Report of the Indian Hemp Drugs Commission, 1894-1895 - Volume IV
Year: 1894
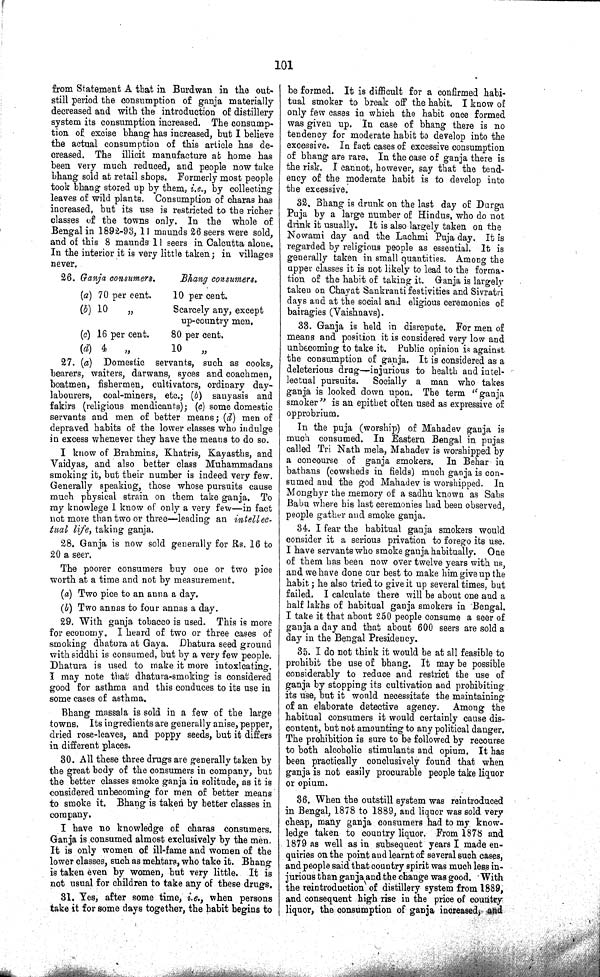
101
from Statement A that in Burdwan in the out-
still period the consumption of ganja materially
decreased and with the introduction of distillery
system its consumption increased. The consump¬
tion of excise bhang has increased, but I believe
the actual consumption of this article has de¬
creased. The illicit manufacture at home has
been very much reduced, and people now take
bhang sold at retail shops. Formerly most people
took bhang stored up by them, i.e., by collecting
leaves of wild plants. Consumption of charas has
increased, but its use is restricted to the richer
classes of the towns only. In the whole of
Bengal in 1892-93, 11 maunds 26 seers were sold,
and of this 8 maunds 11 seers in Calcutta alone.
In the interior it is very little taken; in villages
never.
26. Ganja consumers.
Bhang consumers.
(a) 70 per cent.
10 per cent.
(b) 10
" Scarcely any, except
up-country men.
(c) 16 per cent.
80 per cent.
(d) 4
"
10
"
27. (a) Domestic servants, such as cooks,
bearers, waiters, darwans, syces and coachmen,
boatmen, fishermen, cultivators, ordinary day-
labourers, coal-miners, etc.; (b) sanyasis and
fakirs (religious mendicants); (c) some domestic
servants and men of better means; (d) men of
depraved habits of the lower classes who indulge
in excess whenever they have the means to do so.
I know of Brahmins, Khatris, Kayasths, and
Vaidyas, and also better class Muhammadans
smoking it, but their number is indeed very few.
Generally speaking, those whose pursuits cause
much physical strain on them take ganja. To
my knowlege I know of only a very few—in fact
not more than two or three—leading an intellec¬
tual life, taking ganja.
28. Ganja is now sold generally for Rs. 16 to
20 a seer.
The poorer consumers buy one or two pice
worth at a time and not by measurement.
(a) Two pice to an anna a day.
(b) Two annas to four annas a day.
29. With ganja tobacco is used. This is more
for economy. I heard of two or three cases of
smoking dhatura at Gaya. Dhatura seed ground
with siddhi is consumed, but by a very few people.
Dhatura is used to make it more intoxicating.
I may note that dhatura-smoking is considered
good for asthma and this conduces to its use in
some cases of asthma.
Bhang massala is sold in a few of the large
towns. Its ingredients are generally anise, pepper,
dried rose-leaves, and poppy seeds, but it differs
in different places.
30. All these three drugs are generally taken by
the great body of the consumers in company, but
the better classes smoke ganja in solitude, as it is
considered unbecoming for men of better means
to smoke it. Bhang is taken by better classes in
company.
I have no knowledge of charas consumers.
Ganja is consumed almost exclusively by the men.
It is only women of ill-fame and women of the
lower classes, such as mehtars, who take it. Bhang
is taken even by women, but very little. It is
not usual for children to take any of these drugs.
31. Yes, after some time, i.e., when persons
take it for some days together, the habit begins to
be formed. It is difficult for a confirmed habi¬
tual smoker to break off the habit. I know of
only few cases in which the habit once formed
was given up. In case of bhang there is no
tendency for moderate habit to develop into the
excessive. In fact cases of excessive consumption
of bhang are rare, In the case of ganja there is
the risk. I cannot, however, say that the tend¬
ency of the moderate habit is to develop into
the excessive.
32. Bhang is drunk on the last day of Durga
Puja by a large number of Hindus, who do not
drink it usually. It is also largely taken on the
Nowami day and the Lachmi Puja day. It is
regarded by religious people as essential. It is
generally taken in small quantities. Among the
upper classes it is not likely to lead to the forma-
tion of the habit of taking it. Ganja is largely
taken on Chayat Sankranti festivities and Sivratri
days and at the social and eligious ceremonies of
bairagies (Vaishnavs).
38. Ganja is held in disrepute. For men of
means and position it is considered very low and
unbecoming to take it. Public opinion is against
the consumption of ganja. It is considered as a
deleterious drug—injurious to health and intel¬
lectual pursuits. Socially a man who takes
ganja is looked down upon. The term "ganja
smoker" is an epithet often used as expressive of
opprobrium.
In the puja (worship) of Mahadev ganja is
much consumed. In Eastern Bengal in pujas
called Tri Nath mela, Mahadev is worshipped by
a concourse of ganja smokers. In Behar in
bathans (cowsheds in fields) much ganja is con¬
sumed and the god Mahadev is worshipped. In
Monghyr the memory of a sadhu known as Sabs
Babu where his last ceremonies had been observed,
people gather and smoke ganja.
34. I fear the habitual ganja smokers would
consider it a serious privation to forego its use.
I have servants who smoke ganja habitually. One
of them has been now over twelve years with us,
and we have done our best to make him give up the
habit; he also tried to give it up several times, but
failed. I calculate there will be about one and a
half lakhs of habitual ganja smokers in Bengal.
I take it that about 250 people consume a seer of
ganja a day and that about 600 seers are sold a
day in the Bengal Presidency.
35. I do not think it would be at all feasible to
prohibit the use of bhang. It may be possible
considerably to reduce and restrict the use of
ganja by stopping its cultivation and prohibiting
its use, but it would necessitate the maintaining
of an elaborate detective agency. Among the
habitual consumers it would certainly cause dis¬
content, but not amounting to any political danger.
The prohibition is sure to be followed by recourse
to both alcoholic stimulants and opium. It has
been practically conclusively found that when
ganja is not easily procurable people take liquor
or opium.
36. When the outstill system was reintroduced
in Bengal, 1878 to 1889, and liquor was sold very
cheap, many ganja consumers had to my know¬
ledge taken to country liquor. From 1878 and
1879 as well as in subsequent years I made en¬
quiries on the point and learnt of several such cases,
and people said that country spirit was much less in¬
jurious than ganja and the change was good. With
the reintroduction of distillery system from 1889,
and consequent high rise in the price of country
liquor, the consumption of ganja increased, and